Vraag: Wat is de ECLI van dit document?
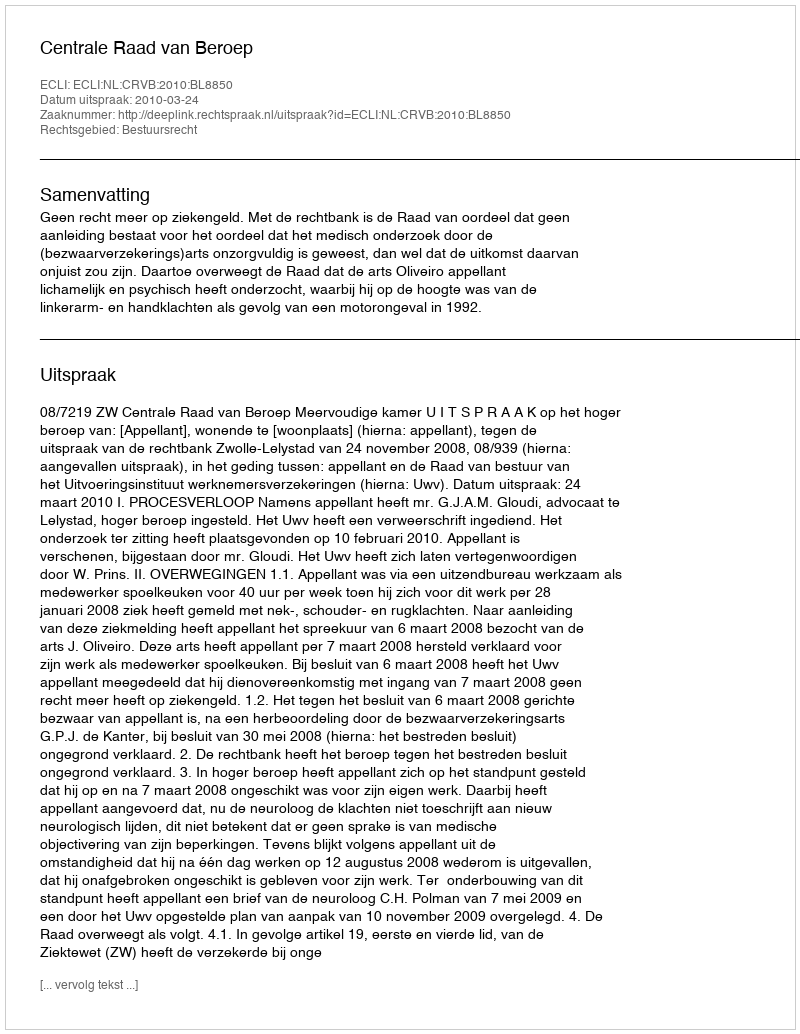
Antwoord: ECLI:NL:CRVB:2010:BL8850